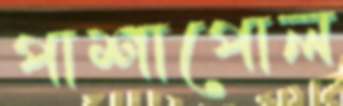
পাশাপোল